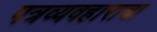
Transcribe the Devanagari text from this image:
पत्रव्यवहाराचा